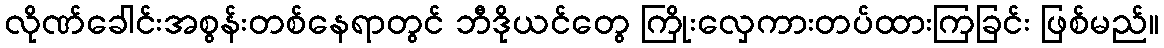
လိုဏ်ခေါင်းအစွန်းတစ်နေရာတွင် ဘီဒိုယင်တွေ ကြိုးလှေကားတပ်ထားကြခြင်း ဖြစ်မည်။